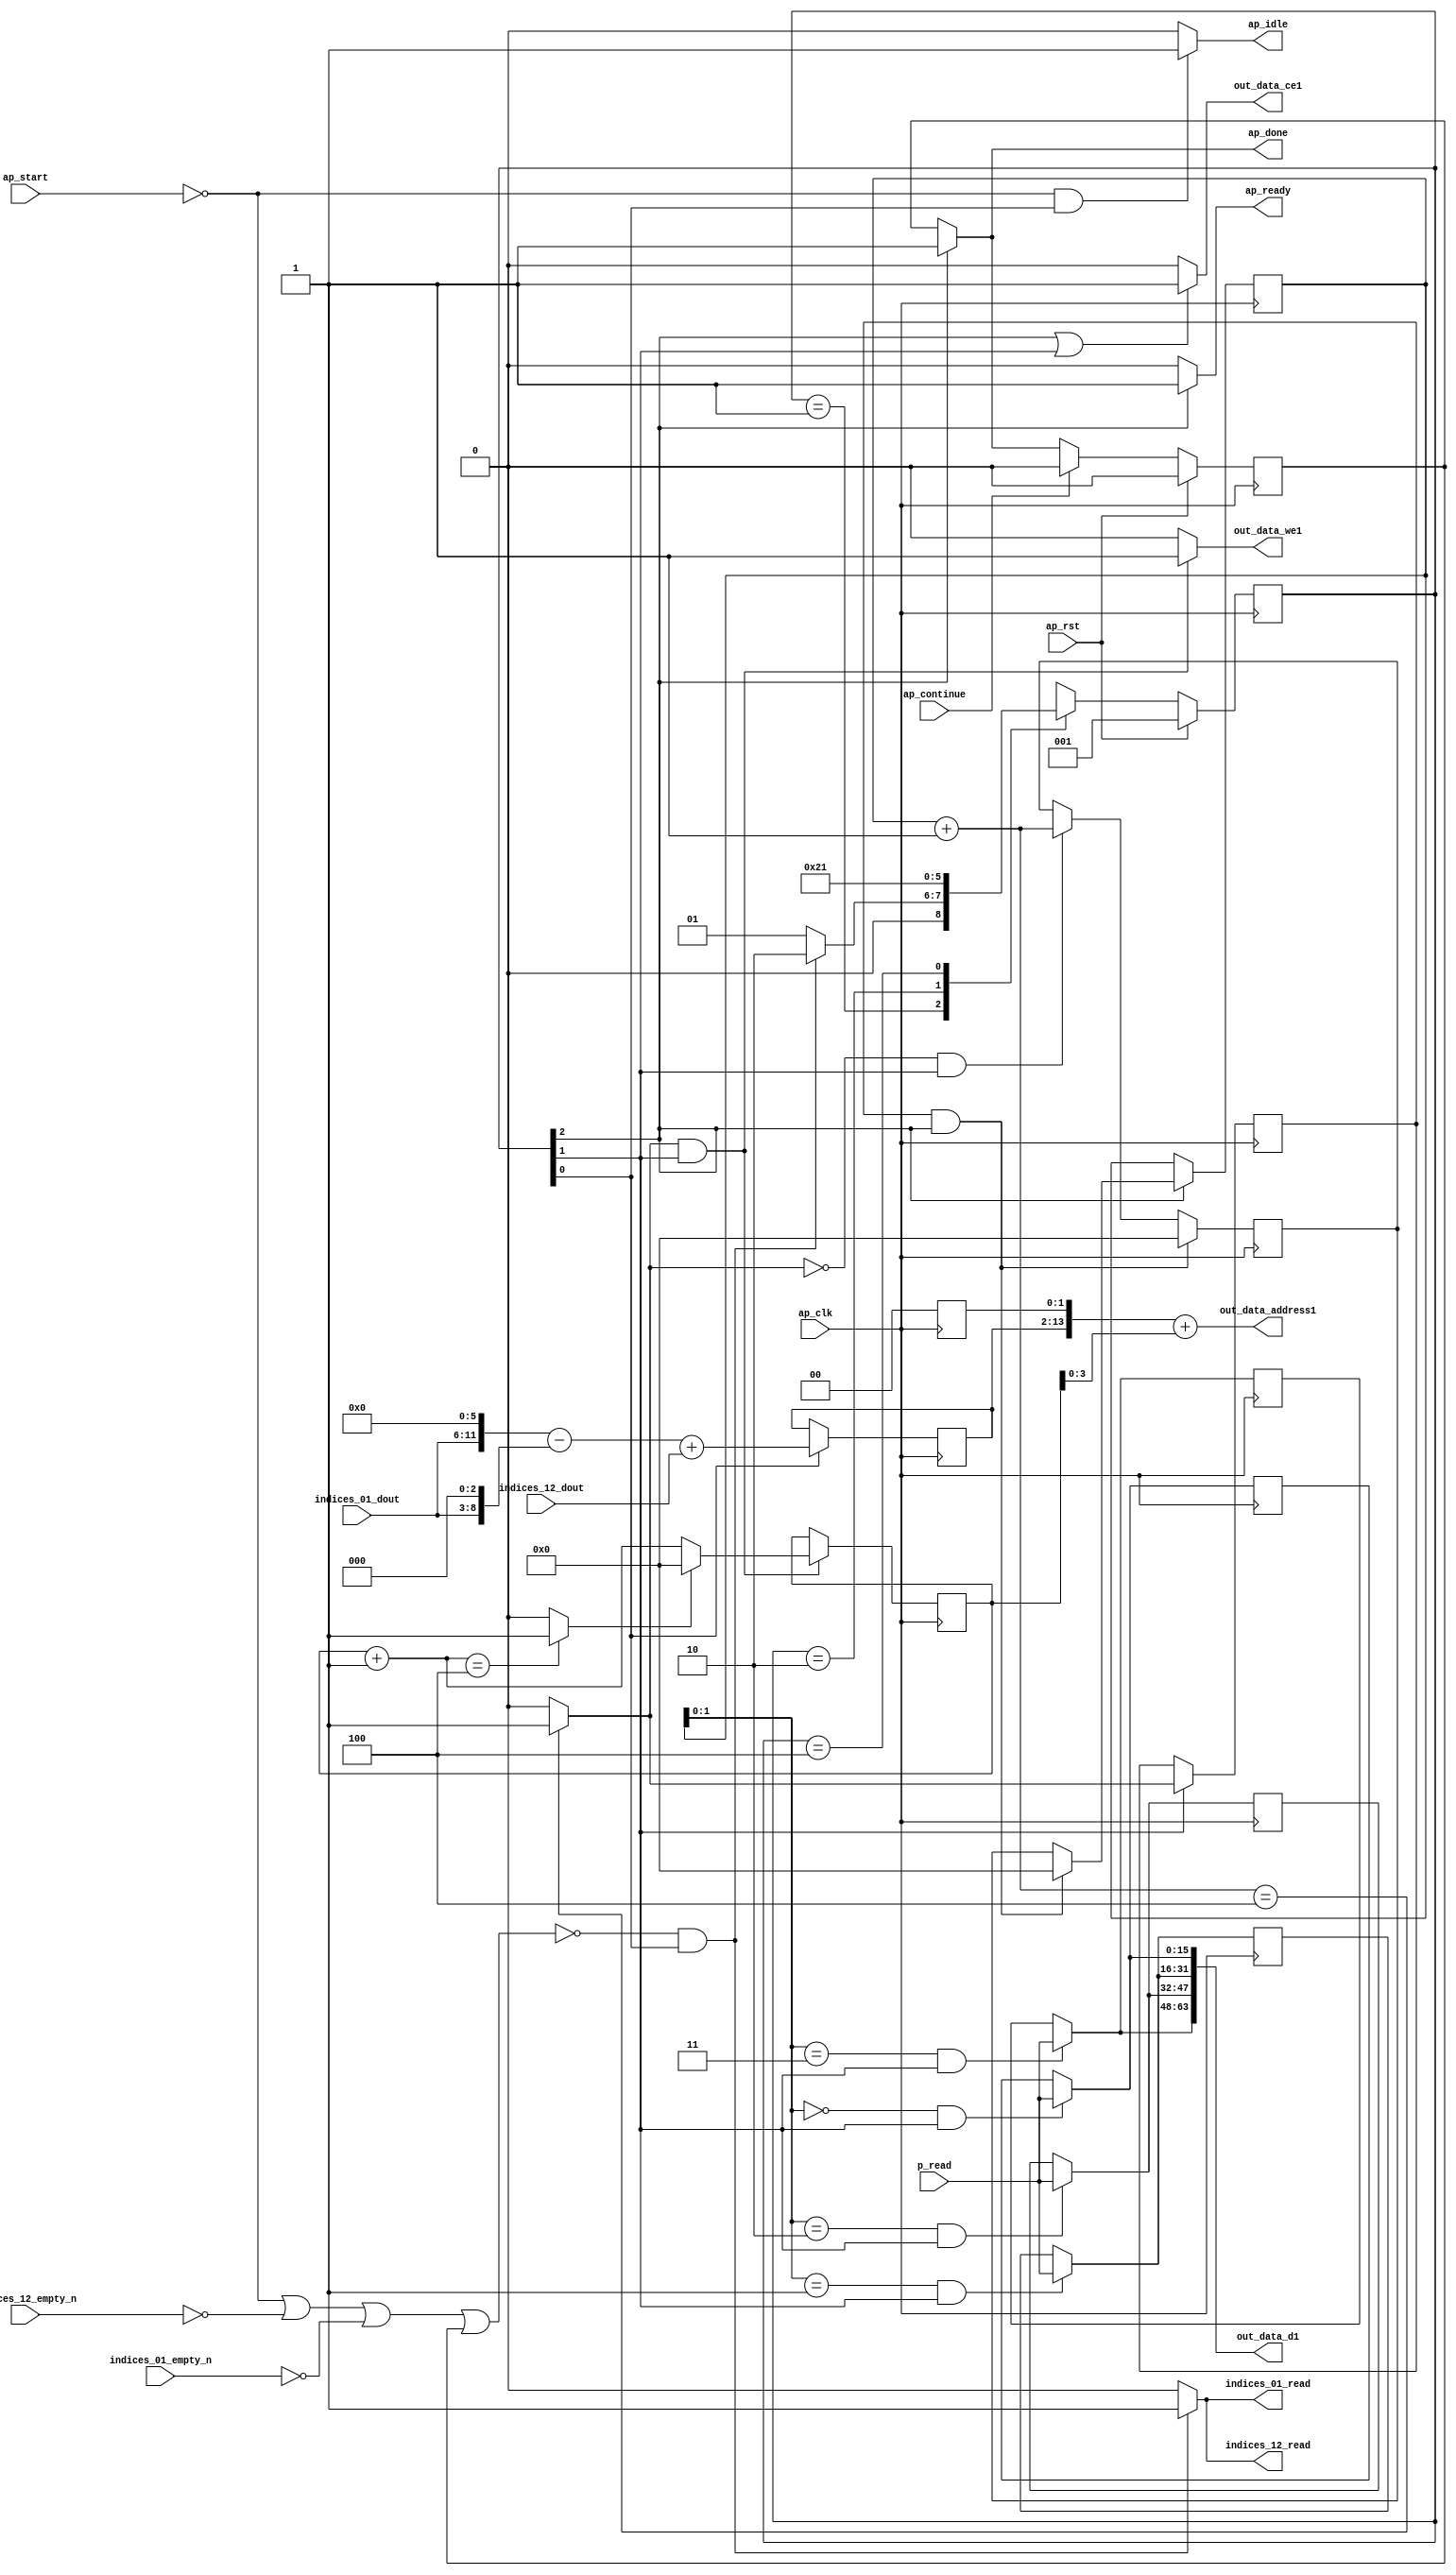
`define EXPONENT 5
`define MANTISSA 10
`define ACTUAL_MANTISSA 11
`define EXPONENT_LSB 10
`define EXPONENT_MSB 14
`define MANTISSA_LSB 0
`define MANTISSA_MSB 9
`define MANTISSA_MUL_SPLIT_LSB 3
`define MANTISSA_MUL_SPLIT_MSB 9
`define SIGN 1
`define SIGN_LOC 15
`define DWIDTH (`SIGN+`EXPONENT+`MANTISSA)
`define IEEE_COMPLIANCE 1

module td_fused_top_tdf3_writeOutputs_unaligned (
        ap_clk,
        ap_rst,
        ap_start,
        ap_done,
        ap_continue,
        ap_idle,
        ap_ready,
        indices_01_dout,
        indices_01_empty_n,
        indices_01_read,
        indices_12_dout,
        indices_12_empty_n,
        indices_12_read,
        p_read,
        out_data_address1,
        out_data_ce1,
        out_data_we1,
        out_data_d1
);

parameter    ap_ST_fsm_state1 = 3'd1;
parameter    ap_ST_fsm_state2 = 3'd2;
parameter    ap_ST_fsm_state3 = 3'd4;

input   ap_clk;
input   ap_rst;
input   ap_start;
output   ap_done;
input   ap_continue;
output   ap_idle;
output   ap_ready;
input  [5:0] indices_01_dout;
input   indices_01_empty_n;
output   indices_01_read;
input  [11:0] indices_12_dout;
input   indices_12_empty_n;
output   indices_12_read;
input  [15:0] p_read;
output  [13:0] out_data_address1;
output   out_data_ce1;
output   out_data_we1;
output  [63:0] out_data_d1;

reg ap_done;
reg ap_idle;
reg ap_ready;
reg indices_01_read;
reg indices_12_read;
reg out_data_ce1;
reg out_data_we1;

reg    ap_done_reg;
  reg   [2:0] ap_CS_fsm;
wire    ap_CS_fsm_state1;
reg   [15:0] outputCount_6;
reg   [15:0] outputChanIdx_6;
reg   [15:0] outputRow_10_0;
reg   [15:0] outputRow_10_1;
reg   [15:0] outputRow_10_2;
reg   [15:0] outputRow_10_3;
reg    indices_01_blk_n;
reg    indices_12_blk_n;
wire   [13:0] shl_ln89_fu_163_p2;
reg   [13:0] shl_ln89_reg_312;
wire   [15:0] add_ln87_fu_201_p2;
wire    ap_CS_fsm_state2;
wire   [0:0] icmp_ln88_fu_207_p2;
reg   [0:0] icmp_ln88_reg_325;
reg   [15:0] ap_phi_mux_empty_phi_fu_112_p4;
reg   [15:0] empty_reg_109;
wire    ap_CS_fsm_state3;
wire   [63:0] zext_ln94_12_fu_234_p1;
wire   [15:0] select_ln97_fu_292_p3;
wire   [1:0] trunc_ln86_fu_173_p1;
reg   [15:0] ap_sig_allocacmp_outputRow_10_0_load;
reg   [15:0] ap_sig_allocacmp_outputRow_10_1_load;
reg   [15:0] ap_sig_allocacmp_outputRow_10_2_load;
reg   [15:0] ap_sig_allocacmp_outputRow_10_3_load;
reg    ap_block_state1;
wire   [11:0] tmp_fu_119_p3;
wire   [8:0] tmp_s_fu_131_p3;
wire   [12:0] zext_ln94_fu_127_p1;
wire   [12:0] zext_ln94_9_fu_139_p1;
wire   [12:0] sub_ln94_fu_143_p2;
wire   [13:0] sub_ln94_cast13_fu_149_p1;
wire   [13:0] zext_ln94_10_fu_153_p1;
wire   [13:0] add_ln94_fu_157_p2;
wire   [3:0] trunc_ln94_fu_221_p1;
wire   [13:0] zext_ln94_11_fu_225_p1;
wire   [13:0] add_ln94_5_fu_229_p2;
wire   [15:0] bitcast_ln94_15_fu_263_p1;
wire   [15:0] bitcast_ln94_14_fu_255_p1;
wire   [15:0] bitcast_ln94_13_fu_247_p1;
wire   [15:0] bitcast_ln94_fu_239_p1;
wire   [15:0] add_ln96_fu_280_p2;
wire   [0:0] icmp_ln97_fu_286_p2;
reg   [2:0] ap_NS_fsm;
wire    ap_ce_reg;

// power-on initialization
initial begin
#0 ap_done_reg = 1'b0;
#0 ap_CS_fsm = 3'd1;
#0 outputCount_6 = 16'd0;
#0 outputChanIdx_6 = 16'd0;
#0 outputRow_10_0 = 16'd0;
#0 outputRow_10_1 = 16'd0;
#0 outputRow_10_2 = 16'd0;
#0 outputRow_10_3 = 16'd0;
end

always @ (posedge ap_clk) begin
    if (ap_rst == 1'b1) begin
        ap_CS_fsm <= ap_ST_fsm_state1;
    end else begin
        ap_CS_fsm <= ap_NS_fsm;
    end
end

always @ (posedge ap_clk) begin
    if (ap_rst == 1'b1) begin
        ap_done_reg <= 1'b0;
    end else begin
        if ((ap_continue == 1'b1)) begin
            ap_done_reg <= 1'b0;
        end else if ((1'b1 == ap_CS_fsm_state3)) begin
            ap_done_reg <= 1'b1;
        end
    end
end

always @ (posedge ap_clk) begin
    if (((icmp_ln88_reg_325 == 1'd1) & (1'b1 == ap_CS_fsm_state3))) begin
        empty_reg_109 <= 16'd0;
    end else if (((icmp_ln88_fu_207_p2 == 1'd0) & (1'b1 == ap_CS_fsm_state2))) begin
        empty_reg_109 <= add_ln87_fu_201_p2;
    end
end

always @ (posedge ap_clk) begin
    if ((1'b1 == ap_CS_fsm_state2)) begin
        icmp_ln88_reg_325 <= icmp_ln88_fu_207_p2;
    end
end

always @ (posedge ap_clk) begin
    if (((icmp_ln88_fu_207_p2 == 1'd1) & (1'b1 == ap_CS_fsm_state2))) begin
        outputChanIdx_6 <= select_ln97_fu_292_p3;
    end
end

always @ (posedge ap_clk) begin
    if ((1'b1 == ap_CS_fsm_state3)) begin
        outputCount_6 <= ap_phi_mux_empty_phi_fu_112_p4;
    end
end

always @ (posedge ap_clk) begin
    if (((trunc_ln86_fu_173_p1 == 2'd0) & (1'b1 == ap_CS_fsm_state2))) begin
        outputRow_10_0 <= p_read;
    end
end

always @ (posedge ap_clk) begin
    if (((trunc_ln86_fu_173_p1 == 2'd1) & (1'b1 == ap_CS_fsm_state2))) begin
        outputRow_10_1 <= p_read;
    end
end

always @ (posedge ap_clk) begin
    if (((trunc_ln86_fu_173_p1 == 2'd2) & (1'b1 == ap_CS_fsm_state2))) begin
        outputRow_10_2 <= p_read;
    end
end

always @ (posedge ap_clk) begin
    if (((trunc_ln86_fu_173_p1 == 2'd3) & (1'b1 == ap_CS_fsm_state2))) begin
        outputRow_10_3 <= p_read;
    end
end

always @ (posedge ap_clk) begin
    if ((1'b1 == ap_CS_fsm_state1)) begin
        shl_ln89_reg_312[13 : 2] <= shl_ln89_fu_163_p2[13 : 2];
    end
end

always @ (*) begin
    if ((1'b1 == ap_CS_fsm_state3)) begin
        ap_done = 1'b1;
    end else begin
        ap_done = ap_done_reg;
    end
end

always @ (*) begin
    if (((ap_start == 1'b0) & (1'b1 == ap_CS_fsm_state1))) begin
        ap_idle = 1'b1;
    end else begin
        ap_idle = 1'b0;
    end
end

always @ (*) begin
    if (((icmp_ln88_reg_325 == 1'd1) & (1'b1 == ap_CS_fsm_state3))) begin
        ap_phi_mux_empty_phi_fu_112_p4 = 16'd0;
    end else begin
        ap_phi_mux_empty_phi_fu_112_p4 = empty_reg_109;
    end
end

always @ (*) begin
    if ((1'b1 == ap_CS_fsm_state3)) begin
        ap_ready = 1'b1;
    end else begin
        ap_ready = 1'b0;
    end
end

always @ (*) begin
    if (((trunc_ln86_fu_173_p1 == 2'd0) & (1'b1 == ap_CS_fsm_state2))) begin
        ap_sig_allocacmp_outputRow_10_0_load = p_read;
    end else begin
        ap_sig_allocacmp_outputRow_10_0_load = outputRow_10_0;
    end
end

always @ (*) begin
    if (((trunc_ln86_fu_173_p1 == 2'd1) & (1'b1 == ap_CS_fsm_state2))) begin
        ap_sig_allocacmp_outputRow_10_1_load = p_read;
    end else begin
        ap_sig_allocacmp_outputRow_10_1_load = outputRow_10_1;
    end
end

always @ (*) begin
    if (((trunc_ln86_fu_173_p1 == 2'd2) & (1'b1 == ap_CS_fsm_state2))) begin
        ap_sig_allocacmp_outputRow_10_2_load = p_read;
    end else begin
        ap_sig_allocacmp_outputRow_10_2_load = outputRow_10_2;
    end
end

always @ (*) begin
    if (((trunc_ln86_fu_173_p1 == 2'd3) & (1'b1 == ap_CS_fsm_state2))) begin
        ap_sig_allocacmp_outputRow_10_3_load = p_read;
    end else begin
        ap_sig_allocacmp_outputRow_10_3_load = outputRow_10_3;
    end
end

always @ (*) begin
    if ((~((ap_start == 1'b0) | (ap_done_reg == 1'b1)) & (1'b1 == ap_CS_fsm_state1))) begin
        indices_01_blk_n = indices_01_empty_n;
    end else begin
        indices_01_blk_n = 1'b1;
    end
end

always @ (*) begin
    if ((~((ap_start == 1'b0) | (indices_12_empty_n == 1'b0) | (indices_01_empty_n == 1'b0) | (ap_done_reg == 1'b1)) & (1'b1 == ap_CS_fsm_state1))) begin
        indices_01_read = 1'b1;
    end else begin
        indices_01_read = 1'b0;
    end
end

always @ (*) begin
    if ((~((ap_start == 1'b0) | (ap_done_reg == 1'b1)) & (1'b1 == ap_CS_fsm_state1))) begin
        indices_12_blk_n = indices_12_empty_n;
    end else begin
        indices_12_blk_n = 1'b1;
    end
end

always @ (*) begin
    if ((~((ap_start == 1'b0) | (indices_12_empty_n == 1'b0) | (indices_01_empty_n == 1'b0) | (ap_done_reg == 1'b1)) & (1'b1 == ap_CS_fsm_state1))) begin
        indices_12_read = 1'b1;
    end else begin
        indices_12_read = 1'b0;
    end
end

always @ (*) begin
    if (((1'b1 == ap_CS_fsm_state3) | (1'b1 == ap_CS_fsm_state2))) begin
        out_data_ce1 = 1'b1;
    end else begin
        out_data_ce1 = 1'b0;
    end
end

always @ (*) begin
    if (((icmp_ln88_fu_207_p2 == 1'd1) & (1'b1 == ap_CS_fsm_state2))) begin
        out_data_we1 = 1'b1;
    end else begin
        out_data_we1 = 1'b0;
    end
end

always @ (*) begin
    case (ap_CS_fsm)
        ap_ST_fsm_state1 : begin
            if ((~((ap_start == 1'b0) | (indices_12_empty_n == 1'b0) | (indices_01_empty_n == 1'b0) | (ap_done_reg == 1'b1)) & (1'b1 == ap_CS_fsm_state1))) begin
                ap_NS_fsm = ap_ST_fsm_state2;
            end else begin
                ap_NS_fsm = ap_ST_fsm_state1;
            end
        end
        ap_ST_fsm_state2 : begin
            ap_NS_fsm = ap_ST_fsm_state3;
        end
        ap_ST_fsm_state3 : begin
            ap_NS_fsm = ap_ST_fsm_state1;
        end
        default : begin
            ap_NS_fsm = 'bx;
        end
    endcase
end

assign add_ln87_fu_201_p2 = (outputCount_6 + 16'd1);

assign add_ln94_5_fu_229_p2 = (shl_ln89_reg_312 + zext_ln94_11_fu_225_p1);

assign add_ln94_fu_157_p2 = (sub_ln94_cast13_fu_149_p1 + zext_ln94_10_fu_153_p1);

assign add_ln96_fu_280_p2 = (outputChanIdx_6 + 16'd1);

assign ap_CS_fsm_state1 = ap_CS_fsm[32'd0];

assign ap_CS_fsm_state2 = ap_CS_fsm[32'd1];

assign ap_CS_fsm_state3 = ap_CS_fsm[32'd2];

always @ (*) begin
    ap_block_state1 = ((ap_start == 1'b0) | (indices_12_empty_n == 1'b0) | (indices_01_empty_n == 1'b0) | (ap_done_reg == 1'b1));
end

assign bitcast_ln94_13_fu_247_p1 = ap_sig_allocacmp_outputRow_10_1_load;

assign bitcast_ln94_14_fu_255_p1 = ap_sig_allocacmp_outputRow_10_2_load;

assign bitcast_ln94_15_fu_263_p1 = ap_sig_allocacmp_outputRow_10_3_load;

assign bitcast_ln94_fu_239_p1 = ap_sig_allocacmp_outputRow_10_0_load;

assign icmp_ln88_fu_207_p2 = ((add_ln87_fu_201_p2 == 16'd4) ? 1'b1 : 1'b0);

assign icmp_ln97_fu_286_p2 = ((add_ln96_fu_280_p2 == 16'd4) ? 1'b1 : 1'b0);

assign out_data_address1 = zext_ln94_12_fu_234_p1;

assign out_data_d1 = {{{{bitcast_ln94_15_fu_263_p1}, {bitcast_ln94_14_fu_255_p1}}, {bitcast_ln94_13_fu_247_p1}}, {bitcast_ln94_fu_239_p1}};

assign select_ln97_fu_292_p3 = ((icmp_ln97_fu_286_p2[0:0] == 1'b1) ? 16'd0 : add_ln96_fu_280_p2);

assign shl_ln89_fu_163_p2 = add_ln94_fu_157_p2 << 14'd2;

assign sub_ln94_cast13_fu_149_p1 = sub_ln94_fu_143_p2;

assign sub_ln94_fu_143_p2 = (zext_ln94_fu_127_p1 - zext_ln94_9_fu_139_p1);

assign tmp_fu_119_p3 = {{indices_01_dout}, {6'd0}};

assign tmp_s_fu_131_p3 = {{indices_01_dout}, {3'd0}};

assign trunc_ln86_fu_173_p1 = outputCount_6[1:0];

assign trunc_ln94_fu_221_p1 = outputChanIdx_6[3:0];

assign zext_ln94_10_fu_153_p1 = indices_12_dout;

assign zext_ln94_11_fu_225_p1 = trunc_ln94_fu_221_p1;

assign zext_ln94_12_fu_234_p1 = add_ln94_5_fu_229_p2;

assign zext_ln94_9_fu_139_p1 = tmp_s_fu_131_p3;

assign zext_ln94_fu_127_p1 = tmp_fu_119_p3;

always @ (posedge ap_clk) begin
    shl_ln89_reg_312[1:0] <= 2'b00;
end

endmodule //td_fused_top_tdf3_writeOutputs_unaligned